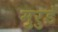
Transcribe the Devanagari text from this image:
मुरुडे